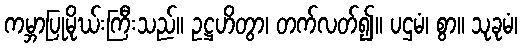
ကမ္ဘာပြုမိုဃ်းကြီးသည်။ ဥဋ္ဌဟိတွာ၊ တက်လတ်၍။ ပဌမံ၊ စွာ။ သုခုမံ၊